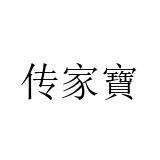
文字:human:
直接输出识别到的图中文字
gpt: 传家寶